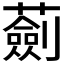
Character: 𧁴